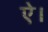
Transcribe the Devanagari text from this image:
ऐ।